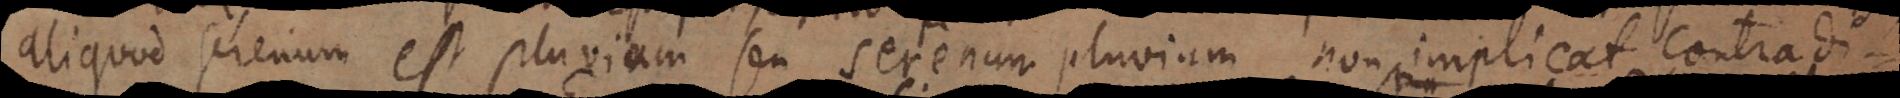
aliquod serenum est pluvium seu serenum pluvium non implicat contradi